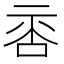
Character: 𠴅